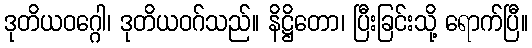
ဒုတိယဝဂ္ဂေါ၊ ဒုတိယဝဂ်သည်။ နိဋ္ဌိတော၊ ပြီးခြင်းသို့ ရောက်ပြီ။